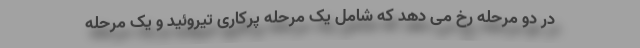
در دو مرحله رخ می دهد که شامل یک مرحله پرکاری تیروئید و یک مرحله